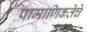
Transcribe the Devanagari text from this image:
प्रामाणिकतेचे